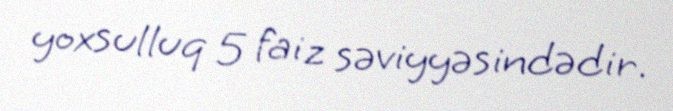
yoxsulluq 5 faiz səviyyəsindədir.